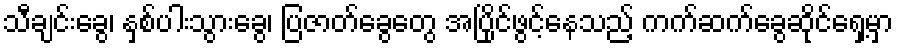
သီချင်းခွေ၊ နှစ်ပါးသွားခွေ၊ ပြဇာတ်ခွေတွေ အပြိုင်ဖွင့်နေသည့် ကက်ဆက်ခွေဆိုင်ရှေ့မှာ